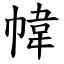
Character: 幃